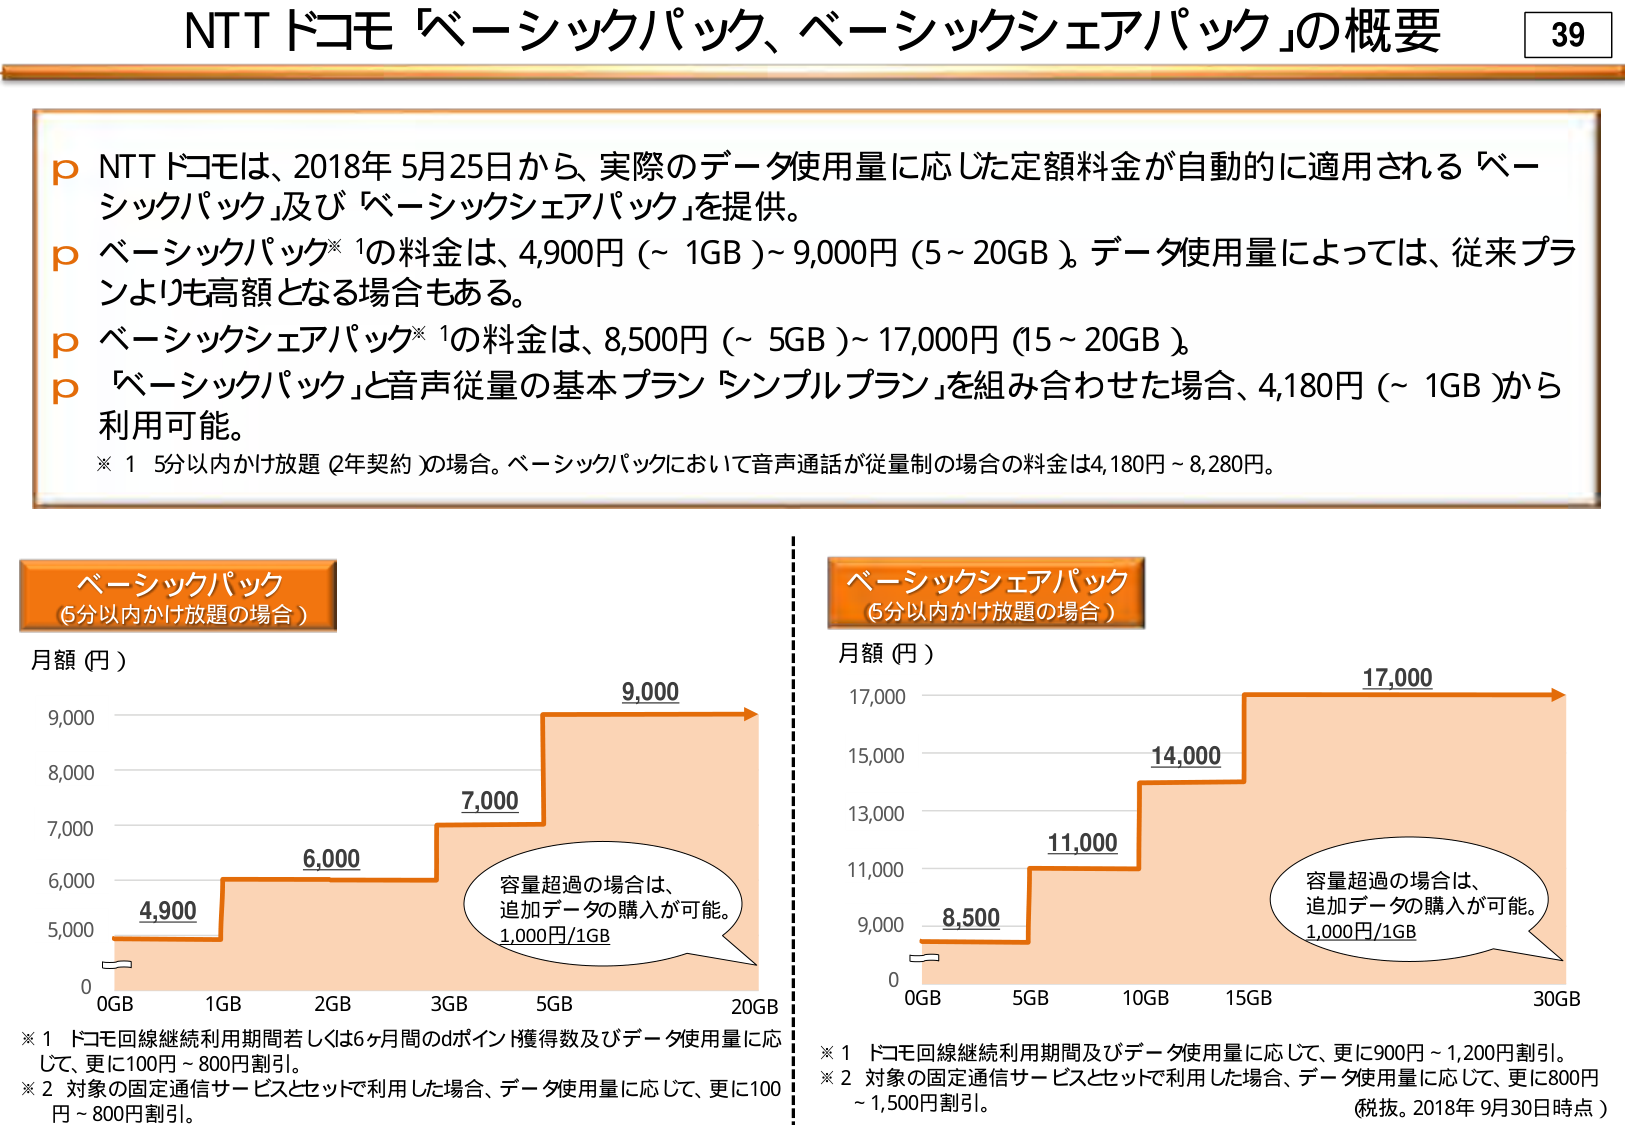
NTTドコモ「ベーシックパック、ベーシックシェアパック」の概要

p NTTドコモは、2018年5月25日から、実際のデータ使用量に応じた定額料金が自動的に適用される「ベーシックパック」及び「ベーシックシェアパック」を提供。
p ベーシックパック※1の料金は、4,900円（～1GB）～9,000円（5～20GB）。データ使用量によっては、従来プランよりも高額となる場合もある。
p ベーシックシェアパック※1の料金は、8,500円（～5GB）～17,000円（15～20GB）。
p 「ベーシックパック」と音声従量の基本プラン「シンプルプラン」を組み合わせた場合、4,180円（～1GB）から利用可能。
※1 5分以内かけ放題（2年契約）の場合。ベーシックパックにおいて音声通話が従量制の場合の料金は4,180円～8,280円。

ベーシックパック
（5分以内かけ放題の場合）
月額（円）
4,900
6,000
7,000
9,000
0GB 1GB 2GB 3GB 5GB 20GB
容量超過の場合は、
追加データの購入が可能。
1,000円/1GB

※1 ドコモ回線継続利用期間若しくは6ヶ月間のdポイント獲得数及びデータ使用量に応じて、更に100円～800円割引。
※2 対象の固定通信サービスとセットで利用した場合、データ使用量に応じて、更に100円～800円割引。

ベーシックシェアパック
（5分以内かけ放題の場合）
月額（円）
8,500
11,000
14,000
17,000
0GB 5GB 10GB 15GB 30GB
容量超過の場合は、
追加データの購入が可能。
1,000円/1GB

※1 ドコモ回線継続利用期間及びデータ使用量に応じて、更に900円～1,200円割引。
※2 対象の固定通信サービスとセットで利用した場合、データ使用量に応じて、更に800円～1,500円割引。
（税抜。2018年9月30日時点）

39